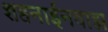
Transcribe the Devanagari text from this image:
शहनाईनवाझ